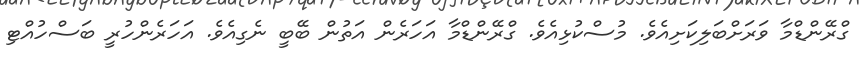
ގްރޭންޑްމާ ވަރަށްބަލިކަށިއެވެ. މުސްކުޅިއެވެ. ގްރޭންޑްމާ އަހަރެން އަތުން ބޭބީ ނެގިއެވެ. އަހަރެންހުރީ ބަސްހުއްޓި